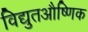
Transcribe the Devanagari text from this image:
विद्युतऔष्णिक